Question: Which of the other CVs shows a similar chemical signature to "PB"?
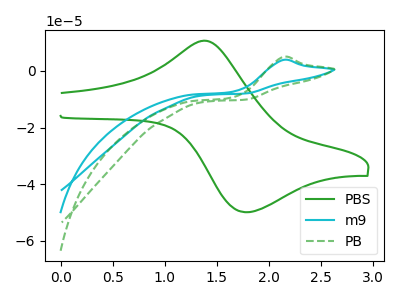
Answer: <think>The green curve "PBS" has an anodic peak at (1.40V, 10.50uA) and a cathodic peak at (1.75V, -49.90uA). The cyan curve "m9" has an anodic peak at: (2.15V, 3.95uA). The green dashed curve "PB" has an anodic peak at: (2.15V, 5.00uA).
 "PBS" and "m9" have a different number of peaks. "PBS" and "PB" have a different number of peaks. All the peaks in "m9" have a peak in "PB" at the same potential. Every peak in "m9" is lower than every peak in "PB".</think>
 <answer>The CV with the most similar shape to "m9" is "PB".</answer>
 <eval>"PB"</eval>